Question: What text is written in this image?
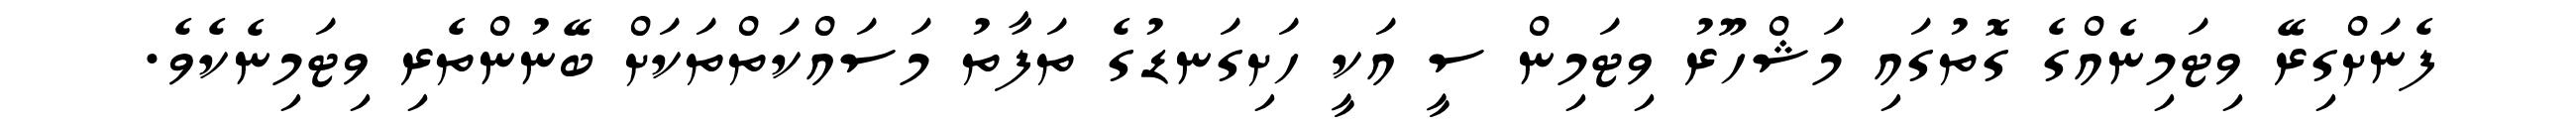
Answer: ފެނަށްގިރޭ ވިޓަމިނެއްގެ ގޮތުގައި މަޝްހޫރު ވިޓަމިން ސީ އަކީ ހަށިގަނޑުގެ ތަފާތު މަސައްކަތްތަކަށް ބޭނުންތެރި ވިޓަމިނެކެވެ.